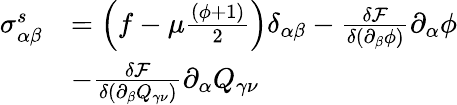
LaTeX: \begin{array}{rl}{\sigma_{\alpha\beta}^{s}}&{=\left(f-\mu\frac{(\phi+1)}{2}\right)\delta_{\alpha\beta}-\frac{\delta\mathcal{F}}{\delta\left(\partial_{\beta}\phi\right)}\partial_{\alpha}\phi}\\ &{-\frac{\delta\mathcal{F}}{\delta\left(\partial_{\beta}Q_{\gamma\nu}\right)}\partial_{\alpha}Q_{\gamma\nu}}\end{array}